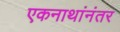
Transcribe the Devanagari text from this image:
एकनाथांनंतर